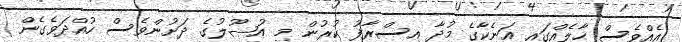
އެއްވެސް ޙާލެއްގައި އަނެކާގެ މުދާ އިސްރާފު ކުރުން މި އުޞޫލުގެ ދަށުންވެސް ހުއްދަވެގެން